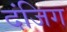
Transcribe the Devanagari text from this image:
दंजिग